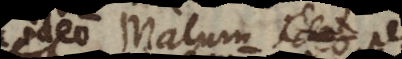
ideo malum